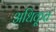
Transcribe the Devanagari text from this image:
अधिकृ्त